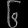
Digit: ၆